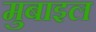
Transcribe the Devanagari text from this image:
मुबाइल